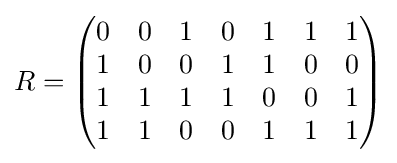
R={\begin{pmatrix}0&0&1&0&1&1&1\\1&0&0&1&1&0&0\\1&1&1&1&0&0&1\\1&1&0&0&1&1&1\end{pmatrix}}